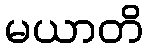
မယာတိ